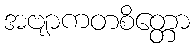
အဗျာကတစိတ္တော